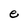
Character: e